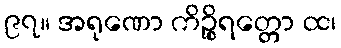
၉၇။ အရုဏော ကိဉ္စိရတ္တော ထ၊